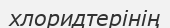
хлоридтерінің